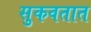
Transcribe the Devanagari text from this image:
सुकवतात